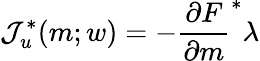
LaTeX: \mathcal{J}_{u}^{*}(m;w)=-\frac{\partial F}{\partial m}^{*}\lambda